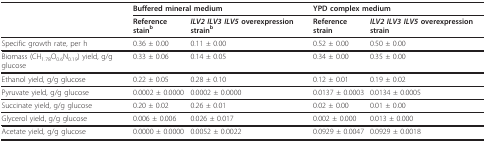
<table><thead><tr><td></td><td colspan="2"><b>Buffered mineral medium</b></td><td colspan="2"><b>YPD complex medium</b></td></tr><tr><td></td><td><b>Reference stain<sup>b</sup></b></td><td><b><i>ILV2 ILV3 ILV5 </i>overexpression strain<sup>b</sup></b></td><td><b>Reference strain</b></td><td><b><i>ILV2 ILV3 ILV5 </i>overexpression strain</b></td></tr></thead><tbody><tr><td>Specific growth rate, per h</td><td>0.36 ± 0.00</td><td>0.11 ± 0.00</td><td>0.52 ± 0.00</td><td>0.50 ± 0.00</td></tr><tr><td>Biomass (CH<sub>1.78</sub>O<sub>0.6</sub>N<sub>0.19</sub>) yield, g/g glucose</td><td>0.33 ± 0.06</td><td>0.14 ± 0.05</td><td>0.34 ± 0.00</td><td>0.35 ± 0.00</td></tr><tr><td>Ethanol yield, g/g glucose</td><td>0.22 ± 0.05</td><td>0.28 ± 0.10</td><td>0.12 ± 0.01</td><td>0.19 ± 0.02</td></tr><tr><td>Pyruvate yield, g/g glucose</td><td>0.0002 ± 0.0000</td><td>0.0002 ± 0.0000</td><td>0.0137 ± 0.0003</td><td>0.0134 ± 0.0005</td></tr><tr><td>Succinate yield, g/g glucose</td><td>0.20 ± 0.02</td><td>0.26 ± 0.01</td><td>0.02 ± 0.00</td><td>0.01 ± 0.00</td></tr><tr><td>Glycerol yield, g/g glucose</td><td>0.006 ± 0.006</td><td>0.026 ± 0.017</td><td>0.002 ± 0.000</td><td>0.013 ± 0.000</td></tr><tr><td>Acetate yield, g/g glucose</td><td>0.0000 ± 0.0000</td><td>0.0052 ± 0.0022</td><td>0.0929 ± 0.0047</td><td>0.0929 ± 0.0018</td></tr></tbody></table>